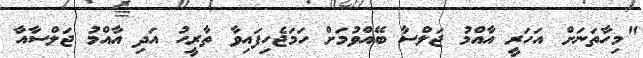
"މިހާތަނަށް އަހަރީ އާއްމު ޖަލްސާ ބޭއްވުމަށް ހަމަޖެހިފައިވާ ތާރީހު އަދި އާއްމު ޖަލްސާއާ